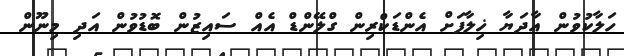
ހަލާކުވުން އާދަޔާ ޚިލާފަށް އެންޑަކްރިން ގްލޭންޑް އެއް ސައިޒުން ބޮޑުވުން އަދި މިނޫން